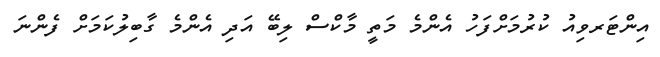
އިންޓަރވިއު ކުރުމަށްފަހު އެންމެ މަތީ މާކްސް ލިބޭ އަދި އެންމެ ގާބިލުކަމަށް ފެންނަ